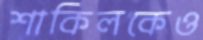
শাকিলকেও